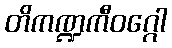
တိကဏ္ဍကီဝဂ္ဂေါ